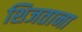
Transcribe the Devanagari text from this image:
शिजताना